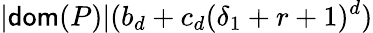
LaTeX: |\mathsf{dom}(P)|(b_{d}+c_{d}(\delta_{1}+r+1)^{d})